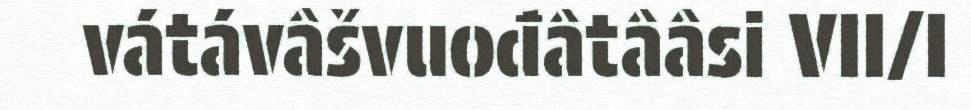
vátávâšvuođâtââsi VII/I